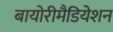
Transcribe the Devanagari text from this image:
बायोरीमैडियेशन